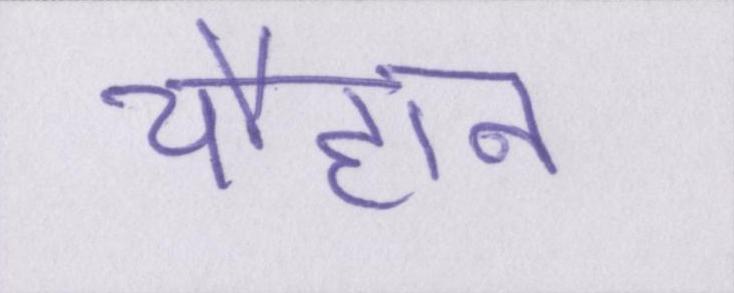
चौहान